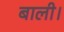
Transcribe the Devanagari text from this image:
बाली।